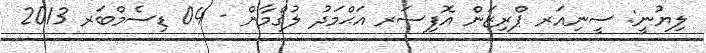
ލިޔުނީ: ސީނިއަރ ޕްރިޒަން އޮފިސަރ އަޙްމަދު ލުޤްމާން - 04 ޑިސެމްބަރ 2013